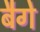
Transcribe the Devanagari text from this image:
बैगे